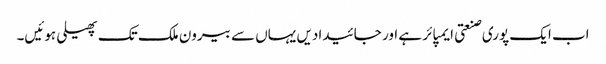
اب ایک پوری صنعتی ایمپائر ہے اور جائیدادیں یہاں سے بیرون ملک تک پھیلی ہوئیں۔